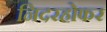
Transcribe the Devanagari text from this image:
निदरहोफर